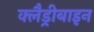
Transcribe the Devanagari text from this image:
क्लैड्रीबाइन